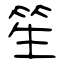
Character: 笙